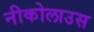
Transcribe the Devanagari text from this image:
नीकोलाउस